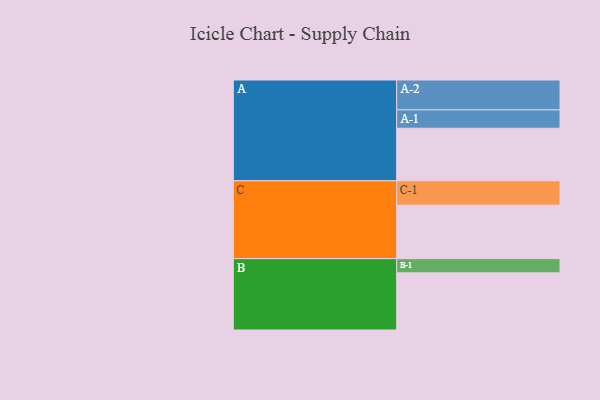
{"axis": {"x": "Segment", "y": "Value"}, "legend": ["", "A", "B", "C"], "data": [{"x": "A", "y": 521, "type": ""}, {"x": "B", "y": 566, "type": ""}, {"x": "C", "y": 530, "type": ""}, {"x": "A-1", "y": 182, "type": "A"}, {"x": "A-2", "y": 296, "type": "A"}, {"x": "B-1", "y": 141, "type": "B"}, {"x": "C-1", "y": 241, "type": "C"}]}